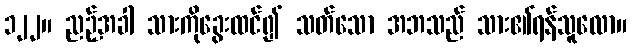
၁၂၂။ ညဉ့်အခါ သားကိုခွေးထင်၍ သတ်သော အဘသည် သား၏ရန်သူလော။